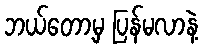
ဘယ်တော့မှ ပြန်မလာနဲ့